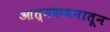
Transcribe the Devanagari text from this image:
आत्मकथनातून